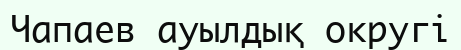
Чапаев ауылдық округі